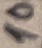
Text: 10